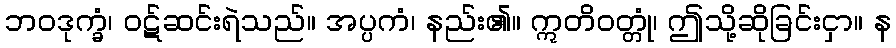
ဘဝဒုက္ခံ၊ ဝဋ်ဆင်းရဲသည်။ အပ္ပကံ၊ နည်း၏။ ဣတိဝတ္တုံ၊ ဤသို့ဆိုခြင်းငှာ။ န